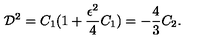
{ \cal D } ^ { 2 } = C _ { 1 } ( 1 + \frac { \epsilon ^ { 2 } } { 4 } C _ { 1 } ) = - \frac { 4 } { 3 } C _ { 2 } .